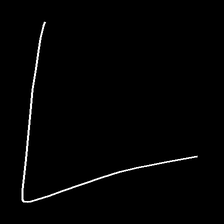
Glyph: region